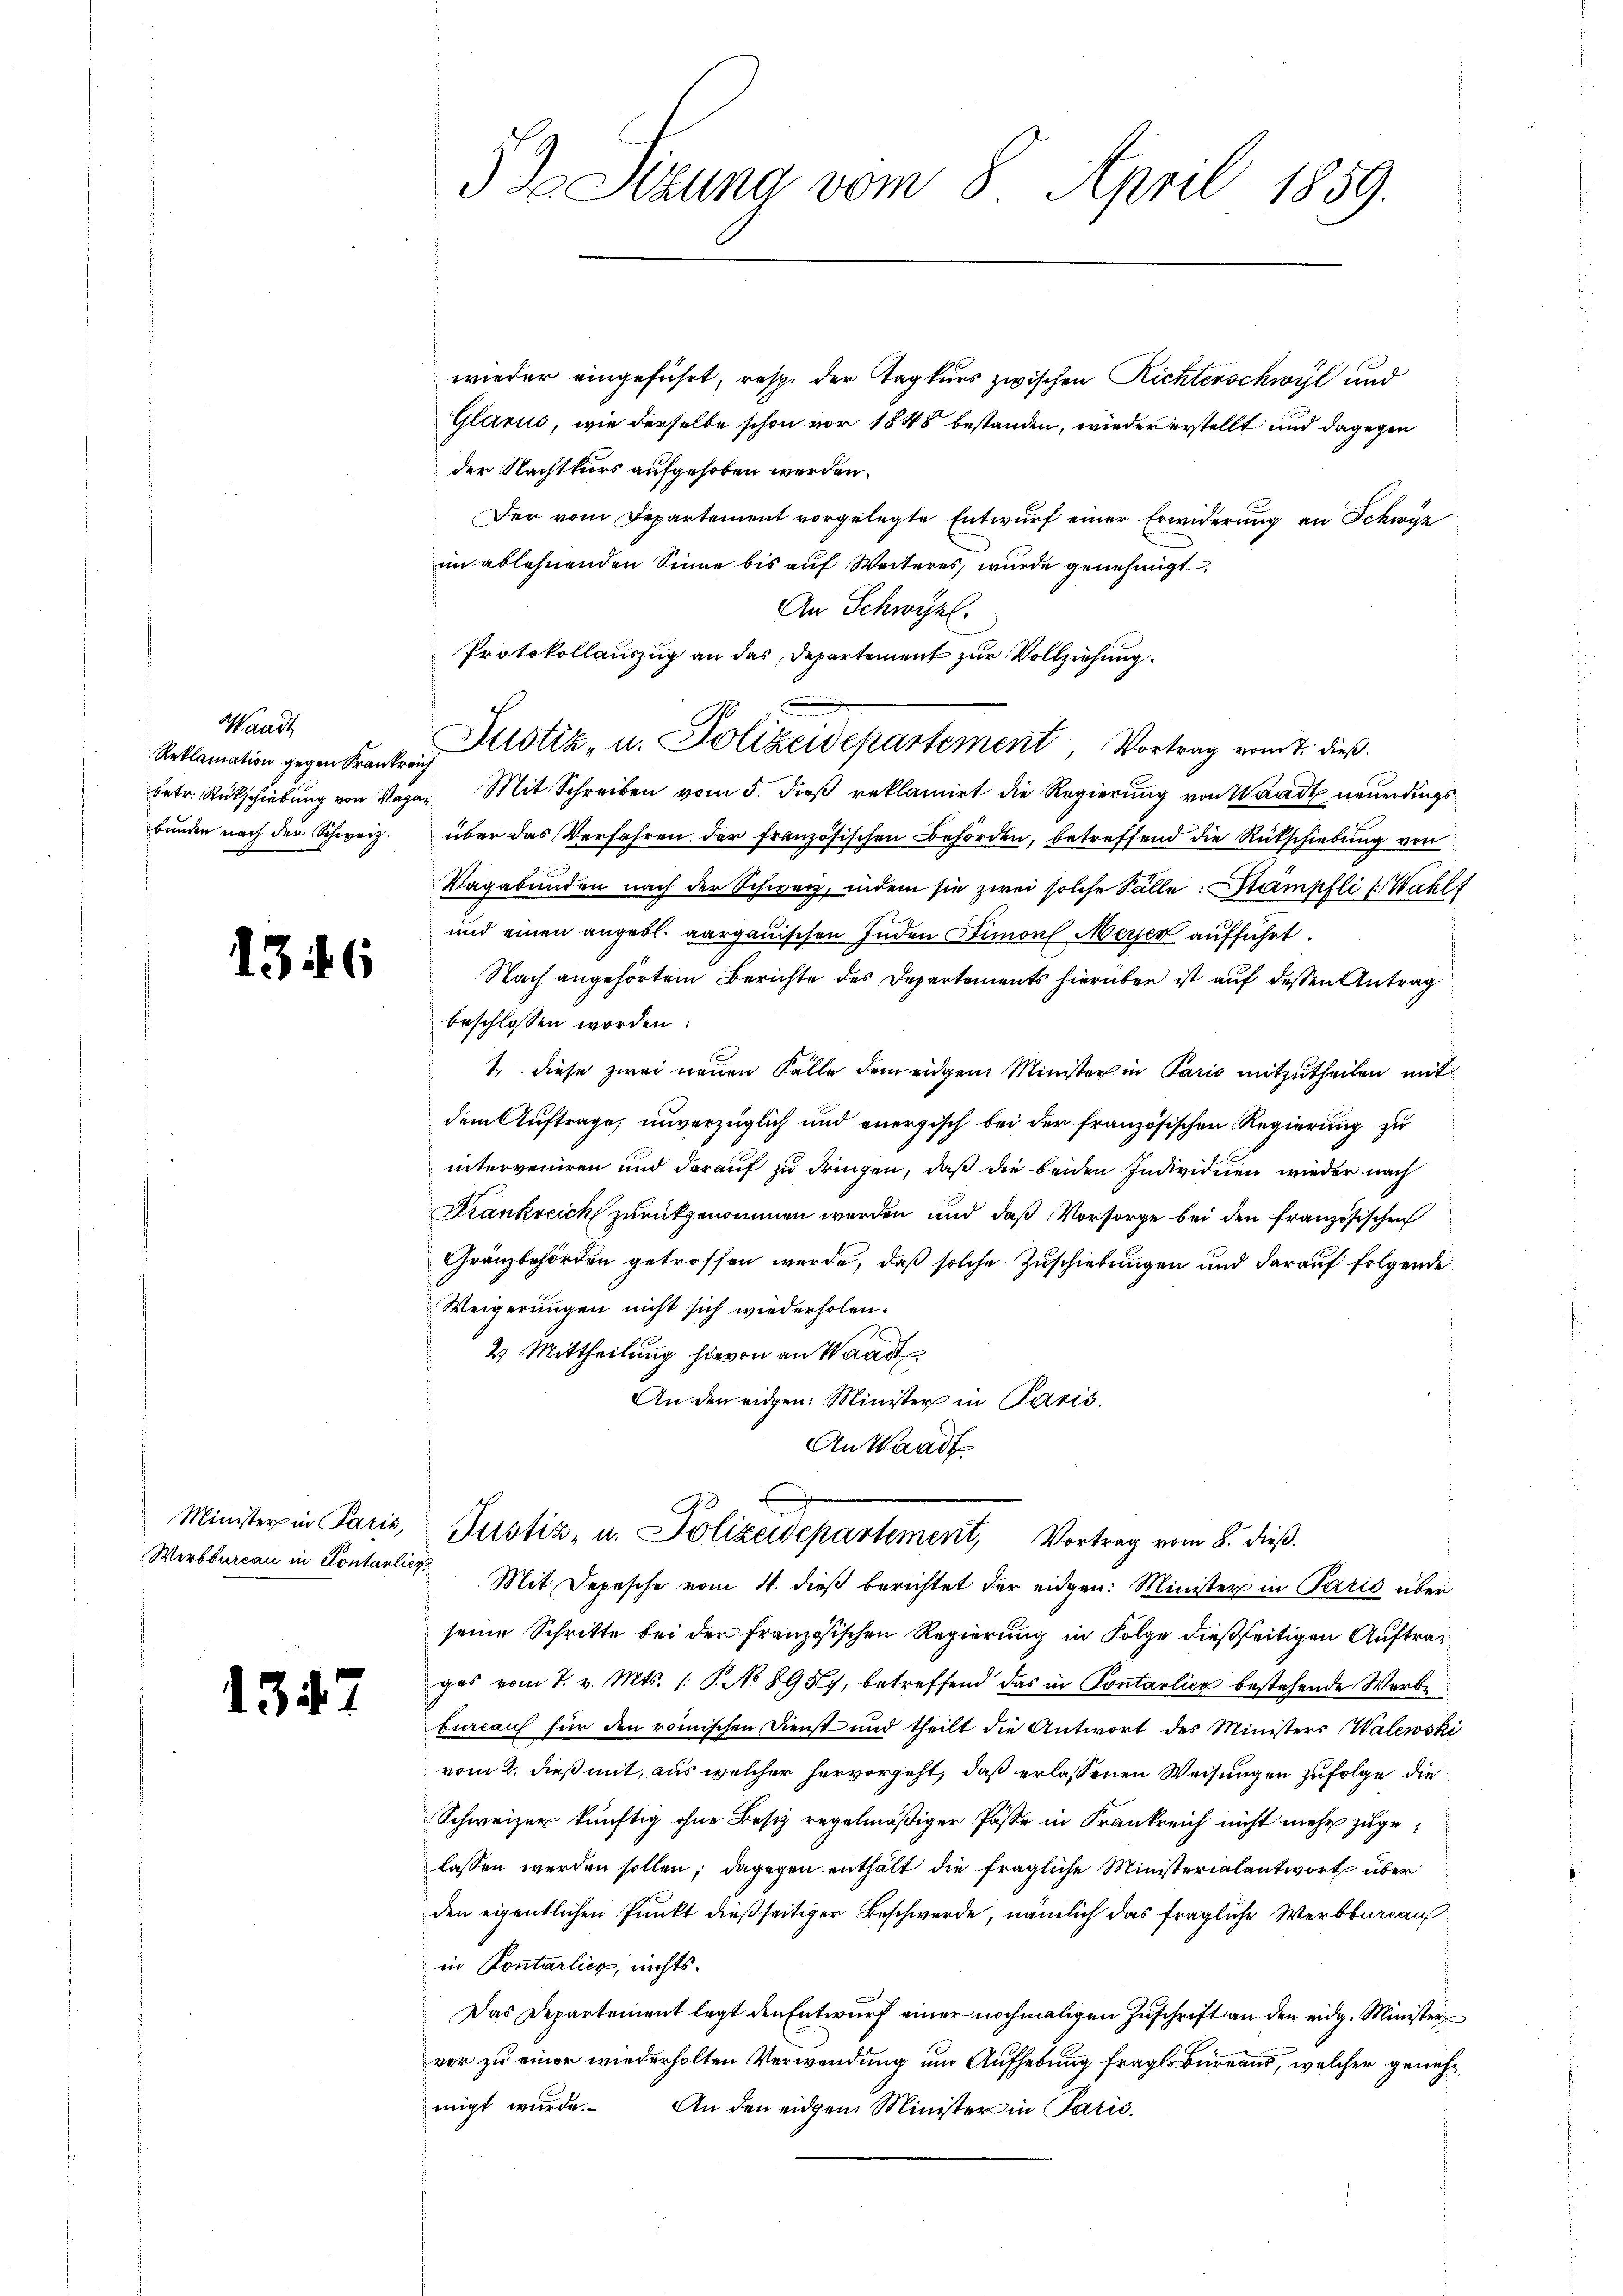
Waadt
Reklamation gegen Krankreich
betr. Rückschiebung von Magar
bunden nach der Schweiz.

1346

Minister in Paris,
Werbbureau in Kontarli

1347

53 Sizung vom 8. April 1859.

wieder eingeführt, resp. der Tagkurs zwischen Richterschwyl und
Glarus, wie derselbe schon vor 1845 bestanden, wieder erstellt und dagegen
der Nachtkurs aufgehoben werden.
Der vom Departement vorgelegte Entwurf einer Erwiderung an Schwyz
im ablehnenden Sinne bis auf Weiteres, wurde genehmigt.
An Schwyzl.
Protokollauszug an das Departement zur Vollziehung.
Mit Schreiben vom 5. dieß reklamirt die Regierung von Waadt neuerdings
über das Verfahren der französischen Behörden, betreffend die Rückschiebung von
Vagabunden nach der Schweiz, indem sie zwei solche Fälle: Stampfli ( Wahls
und einen angebl. aargauischen Inden Simon Meyer aufführt.
Nach angehörtem Berichte des Departements hierüber ist auf dessen Antrag
beschlossen worden:
1. diese zwei neuen Fälle dem eidgem Minister in Paris mitzutheilen mit
dem Auftrage, unverzüglich und energisch bei der französischen Regierung zu
interveniren und darauf zu dringen, daß die beiden Individuen wieder nach
Frankreich zurückgenommen werden und daß Vorsorge bei den französischen
Gränzbehörden getroffen werde, daß solche Zuschiebungen und darauf folgende
Weigerungen nicht sich wiederholen.
2
2 Mittheilung hievon an Waadt
An den eidgen: Minister in Paris.
An Waadt
Justiz- u. Polizeidepartement, Vortrag vom 8. dieβ.
Mit Depesche vom 4. dieß berichtet der eidgen: Minister in Paris über
seine Schritte bei der französischen Regierung in Folge dießseitigen Auftrag
ges vom 7. v. Mts. (T. No 8957, betreffend das in Pontarlich bestehende Werbe
bureaus für den römischen Dienst und theilt die Antwort des Ministers Walewski
vom 2. dieß mit, aus welcher hervorgeht, daß erlassenen Weisungen zufolge die
Schweizer künftig ohne Besiz regelmäßiger Pässe in Frankreich nicht mehr zugelassen werden sollen; dagegen enthält die fragliche Ministerialantwort über
den eigentlichen Punkt dießseitiger Beschwerde, nämlich das fragliche Werkbureauin Contarlicz, nichts.
Das Departement legt den Entwŭrf einer nochmaligen Zŭschrift an den eidg. Minister
vor zu einer wiederholten Verwendung um Aufhebung fragl. Bureaus, welcher genehmigt wurde. An den eidem Minister in Paris.

Justiz- u. Polizeidepartement, Vortrag vom 7. dieß.